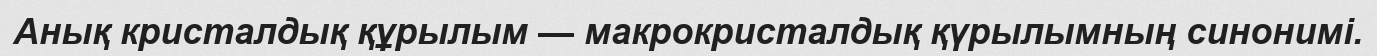
Анық кристалдық құрылым — макрокристалдық қүрылымның синонимі.